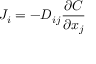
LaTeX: J _ { i } = - D _ { i j } { \frac { \partial C } { \partial x _ { j } } }